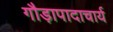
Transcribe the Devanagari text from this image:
गौड़ापादाचार्य